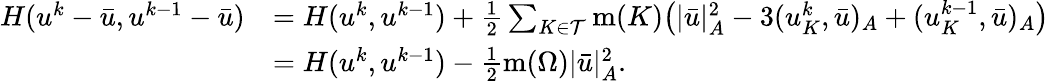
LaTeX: \begin{array}{rl}{H(u^{k}-\bar{u},u^{k-1}-\bar{u})}&{=H(u^{k},u^{k-1})+\frac 12\sum_{K\in{\mathcal T}}\operatorname{m}(K)\big(|\bar{u}|_{A}^{2}-3(u_{K}^{k},\bar{u})_{A}+(u_{K}^{k-1},\bar{u})_{A}\big)}\\ &{=H(u^{k},u^{k-1})-\frac 12\operatorname{m}(\Omega)|\bar{u}|_{A}^{2}.}\end{array}